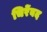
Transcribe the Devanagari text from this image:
चिरेंबद